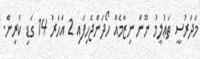
މަދަރުސީ ތަޢުލީމު ނޫން ނިޒާމެއް ހޯދަންޖެހިފައި 2 އަހަރު 14 ގަޑި ކުރިން.